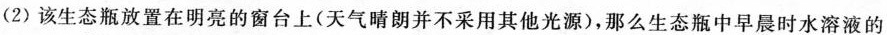
(2)该生态瓶放置在明亮的窗台上(天气晴朗并不采用其他光源)，那么生态瓶中早晨时水溶液的